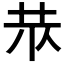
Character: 𱽓